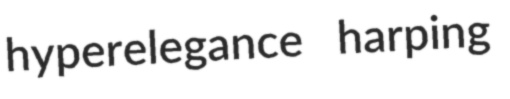
hyperelegance harping